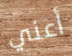
أعني